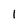
Character: 1